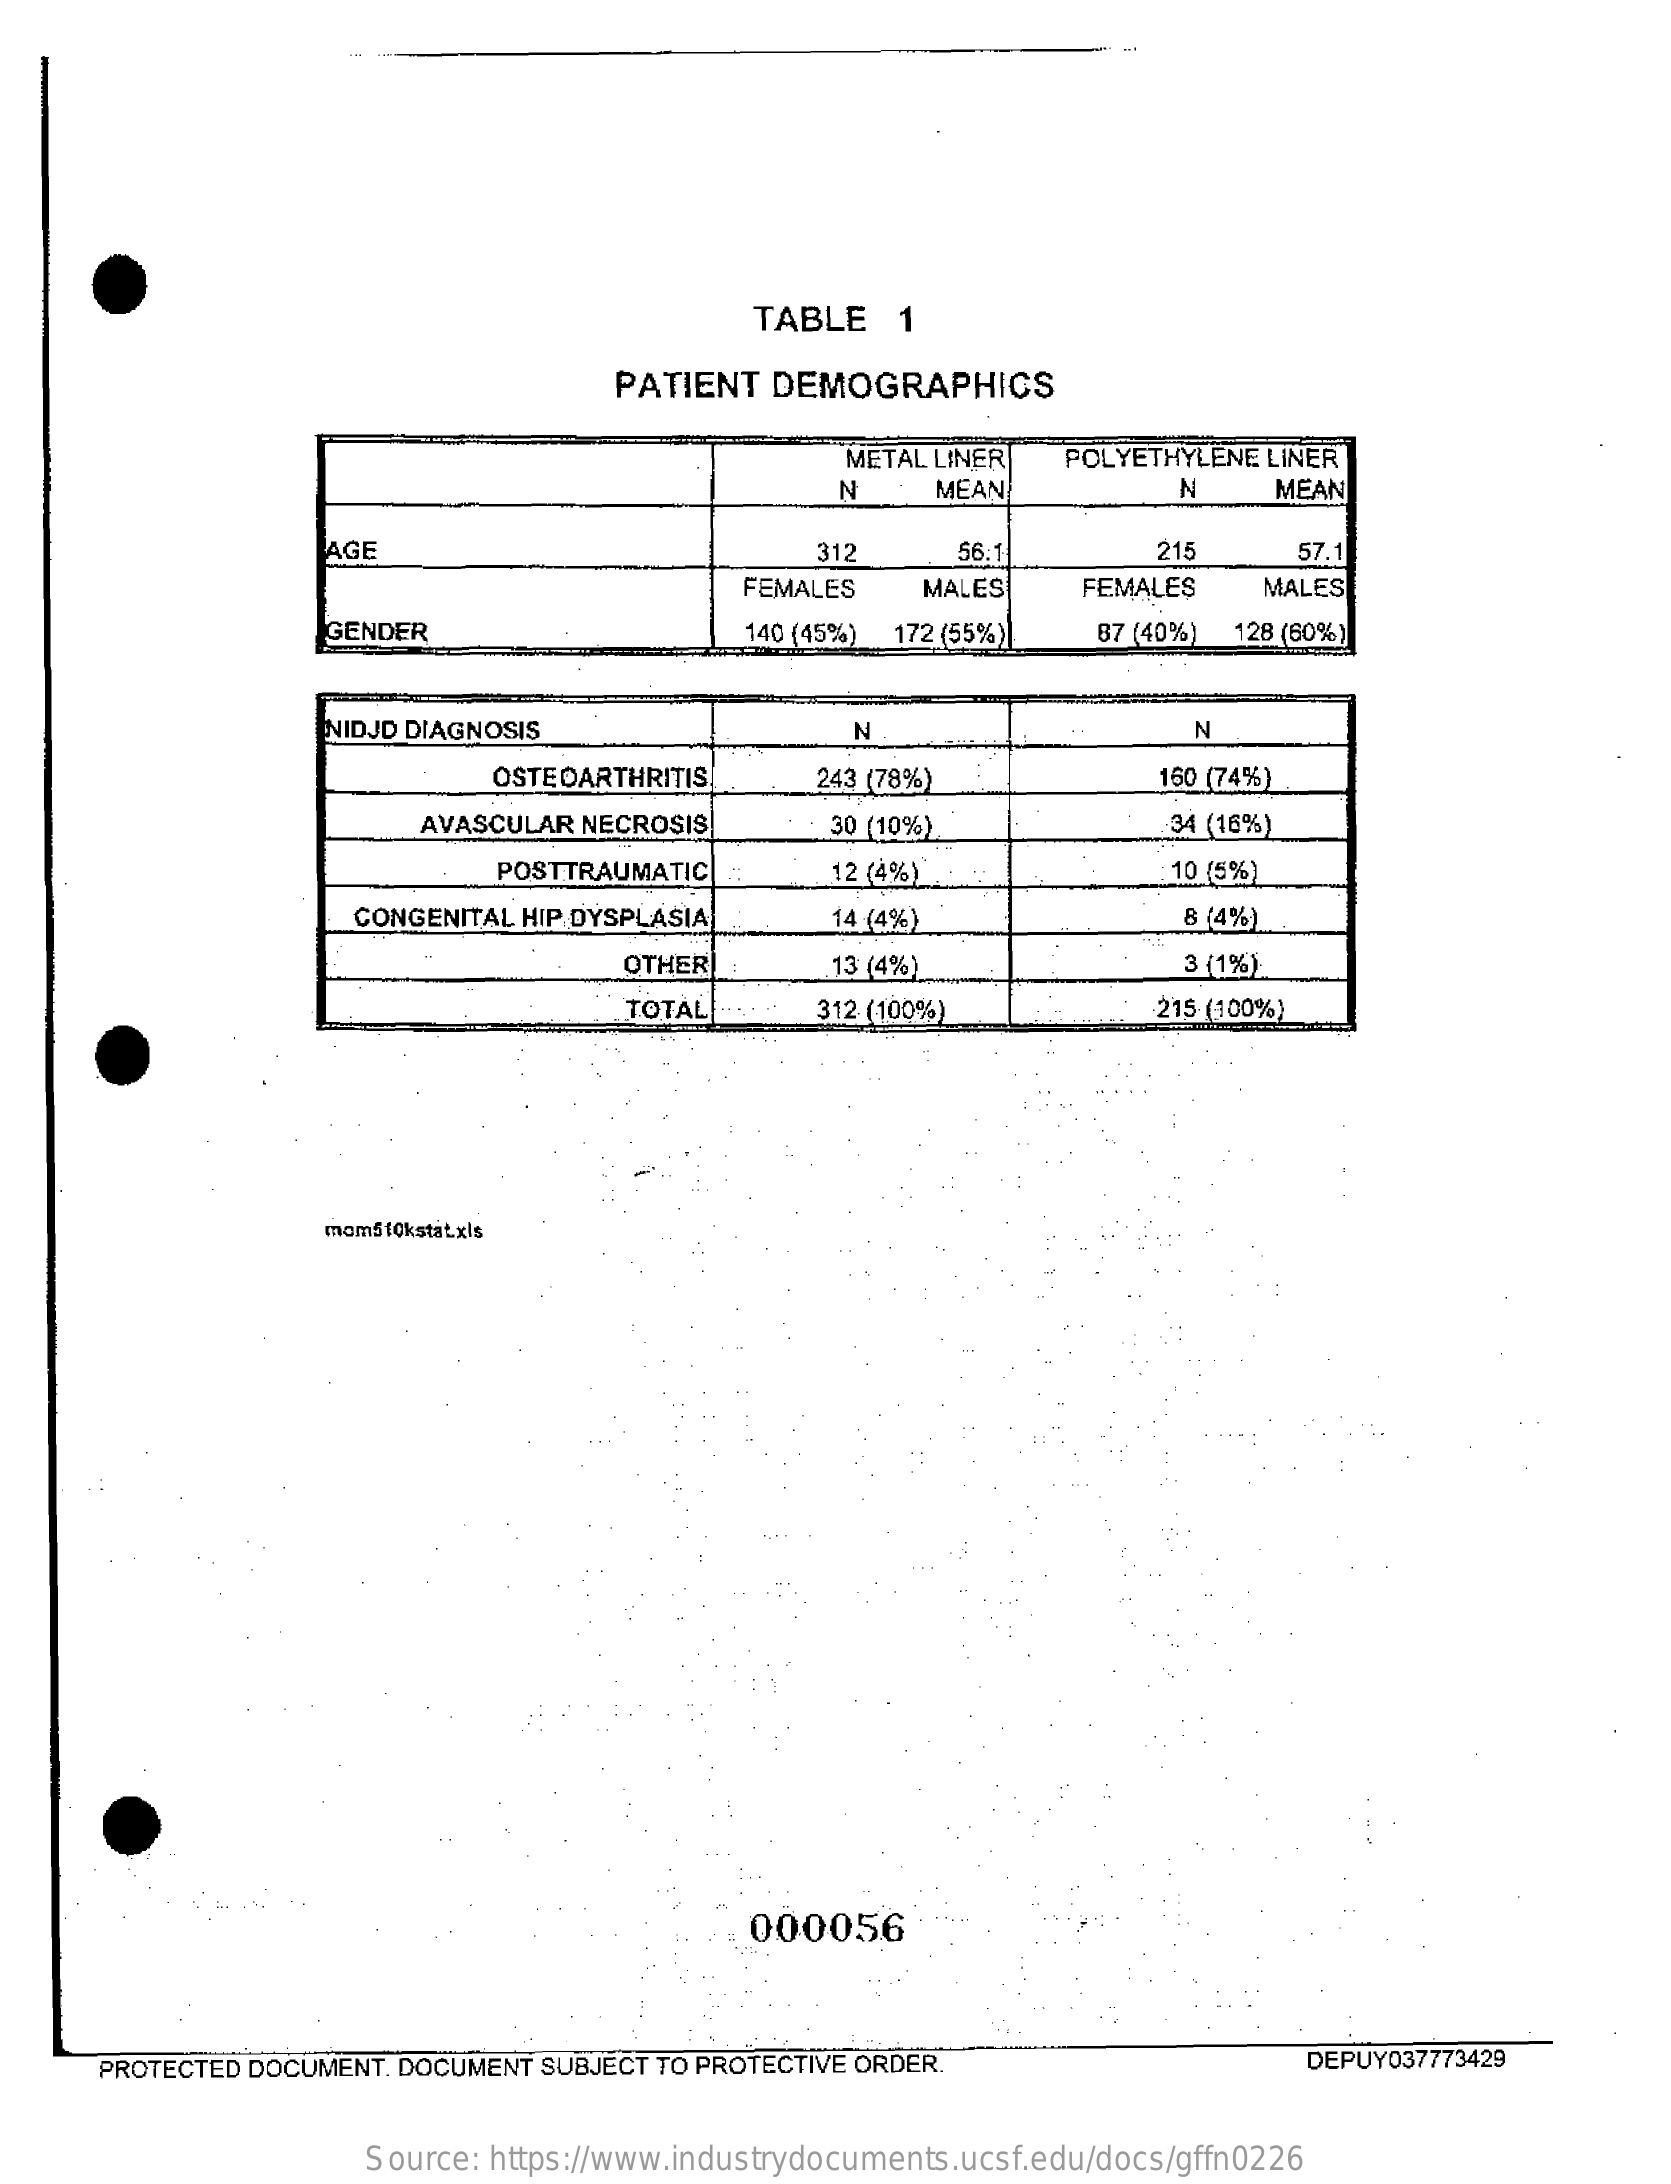
TABLE  1
     PATIENT DEMOGRAPHICS
     METAL LINER POLYETHYLENE LINER
     N    MEAN    N    MEAN
     AGE    312    56:1    215   57.1
     FEMALES MALES  FEMALES  MALES
     GENDER    140 (45%) 172 (55%) 87 (40%) 128 (60%)
     NIDJD DIAGNOSIS    N    N
     OSTEOARTHRITIS 243 (78%)    150 (74%)
     AVASCULAR NECROSIS 30 (10%)    34 (16%)
     POSTTRAUMATIC   12 (4%)    10 (5%)
     CONGENITAL HIP DYSPLASIA 14 (4%)    8 (4%)
     OTHER    13 (4%)    3 (1%)
     TOTAL   312 (100%)    215 (100%)
     moms fokstat.xls
     000056
     PROTECTED DOCUMENT. DOCUMENT SUBJECT TO PROTECTIVE ORDER. DEPUY037773429
     Source: https://www.industrydocuments.ucsf.edu/docs/gffn0226